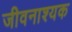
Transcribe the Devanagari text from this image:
जीवनाश्यक